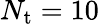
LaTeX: N_{\mathrm{t}}=10